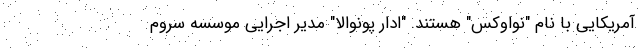
آمریکایی با نام "نواوکس" هستند. "ادار پونوالا" مدیر اجرایی موسسه سروم